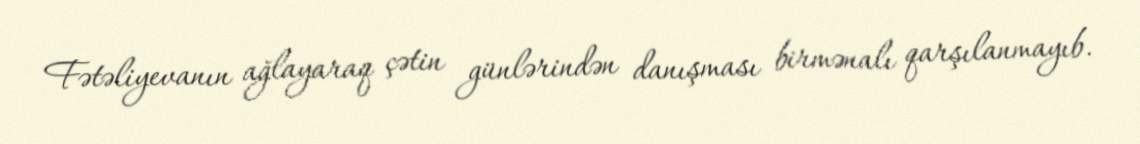
Fətəliyevanın ağlayaraq çətin günlərindən danışması birmənalı qarşılanmayıb.